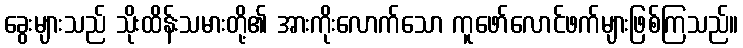
ခွေးများသည် သိုးထိန်းသမားတို့၏ အားကိုးလောက်သော ကူဖော်လောင်ဖက်များဖြစ်ကြသည်။